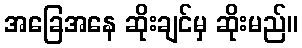
အခြေအနေ ဆိုးချင်မှ ဆိုးမည်။